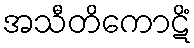
အသီတိကောဋိံ